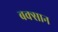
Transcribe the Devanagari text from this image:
बक्सान